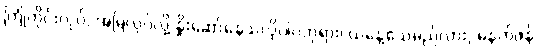
ကြုံတိုင်းလုပ်, အမြဲလုပ်လို့ နှိုးဆော်နေသလိုပါပဲဘုရား၊ ယနေ့သေမည်လား, မနက်ဖန်